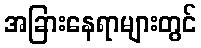
အခြားနေရာများတွင်